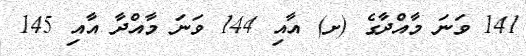
141 ވަނަ މާއްދާގެ (ށ) އާއި 144 ވަނަ މާއްދާ އާއި 145